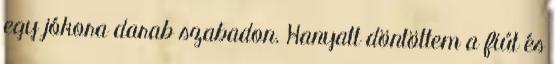
egy jókora darab szabadon. Hanyatt döntöttem a fiút és